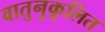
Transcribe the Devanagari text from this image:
वातुनुकूलित